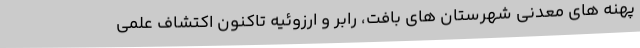
پهنه های معدنی شهرستان های بافت، رابر و ارزوئیه تاکنون اکتشاف علمی